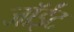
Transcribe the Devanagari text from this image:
जॉईंट